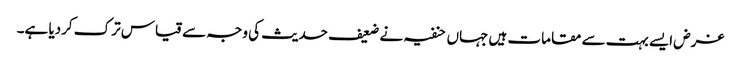
غرض ایسے بہت سے مقامات ہیں جہاں حنفیہ نے ضعیف حدیث کی وجہ سے قیاس ترک کردیا ہے۔